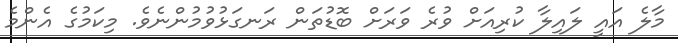
މާލެ އައީ ލައިލާ ކުރިއަށް ވުރެ ވަރަށް ބޮޑުތަން ރަނގަޅުވުމުންނެވެ. މިކަމުގެ އެންމެ